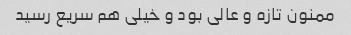
ممنون تازه و عالی بود و خیلی هم سریع رسید